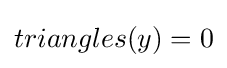
triangles(y)=0